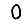
Digit: 0